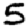
Digit: 5